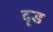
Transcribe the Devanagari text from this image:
दृड